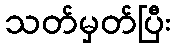
သတ်မှတ်ပြီး